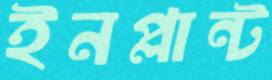
ইনপ্লান্ট